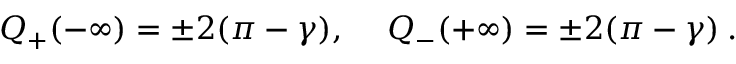
{ \cal Q } _ { + } ( - \infty ) = \pm 2 ( \pi - \gamma ) , \quad \: { \cal Q } _ { - } ( + \infty ) = \pm 2 ( \pi - \gamma ) \: .